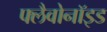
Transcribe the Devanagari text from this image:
फ्लैवोनॉइड